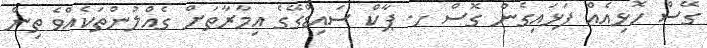
ގޭސް ހޮޅިއެއް ފަޅައިގެން ގޮސް ހ. ޕާކް ސައިޑްގޭގެ އިމާރާތަށް ގެއްލުންތަކެއްވެ ތިން